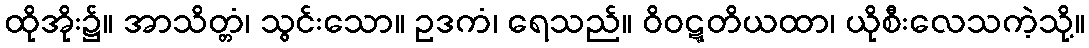
ထိုအိုး၌။ အာသိတ္တံ၊ သွင်းသော။ ဥဒကံ၊ ရေသည်။ ဝိဝဋ္ဋတိယထာ၊ ယိုစီးလေသကဲ့သို့။